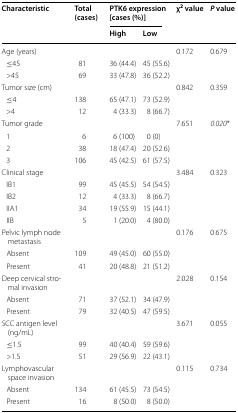
| <ROWSPAN=2> Characteristic | <ROWSPAN=2> Total (cases) | <COLSPAN=2> PTK6 expression [cases (%)] | <ROWSPAN=2> χ2 value | <ROWSPAN=2> P value |
 | High | Low |
 | --- | --- | --- | --- | --- | --- |
 | Age (years) |  |  |  | 0.172 | 0.679 |
 | ≤45 | 81 | 36 (44.4) | 45 (55.6) |  |  |
 | >45 | 69 | 33 (47.8) | 36 (52.2) |  |  |
 | Tumor size (cm) |  |  |  | 0.842 | 0.359 |
 | ≤4 | 138 | 65 (47.1) | 73 (52.9) |  |  |
 | >4 | 12 | 4 (33.3) | 8 (66.7) |  |  |
 | Tumor grade |  |  |  | 7.651 | 0.020* |
 | 1 | 6 | 6 (100) | 0 (0) |  |  |
 | 2 | 38 | 18 (47.4) | 20 (52.6) |  |  |
 | 3 | 106 | 45 (42.5) | 61 (57.5) |  |  |
 | Clinical stage |  |  |  | 3.484 | 0.323 |
 | IB1 | 99 | 45 (45.5) | 54 (54.5) |  |  |
 | IB2 | 12 | 4 (33.3) | 8 (66.7) |  |  |
 | IIA1 | 34 | 19 (55.9) | 15 (44.1) |  |  |
 | IIB | 5 | 1 (20.0) | 4 (80.0) |  |  |
 | Pelvic lymph node metastasis |  |  |  | 0.176 | 0.675 |
 | Absent | 109 | 49 (45.0) | 60 (55.0) |  |  |
 | Present | 41 | 20 (48.8) | 21 (51.2) |  |  |
 | Deep cervical stromal invasion |  |  |  | 2.028 | 0.154 |
 | Absent | 71 | 37 (52.1) | 34 (47.9) |  |  |
 | Present | 79 | 32 (40.5) | 47 (59.5) |  |  |
 | SCC antigen level (ng/mL) |  |  |  | 3.671 | 0.055 |
 | ≤1.5 | 99 | 40 (40.4) | 59 (59.6) |  |  |
 | >1.5 | 51 | 29 (56.9) | 22 (43.1) |  |  |
 | Lymphovascular space invasion |  |  |  | 0.115 | 0.734 |
 | Absent | 134 | 61 (45.5) | 73 (54.5) |  |  |
 | Present | 16 | 8 (50.0) | 8 (50.0) |  |  |